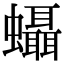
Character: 𧕩